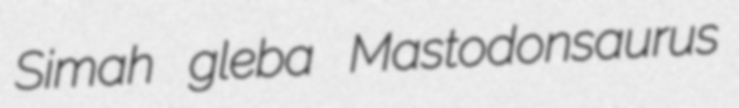
Simah gleba Mastodonsaurus